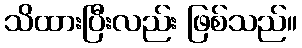
သိထားပြီးလည်း ဖြစ်သည်။